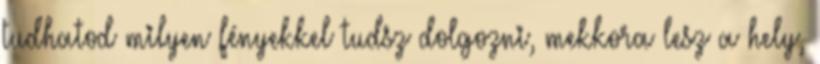
tudhatod milyen fényekkel tudsz dolgozni, mekkora lesz a hely,